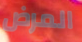
المرض